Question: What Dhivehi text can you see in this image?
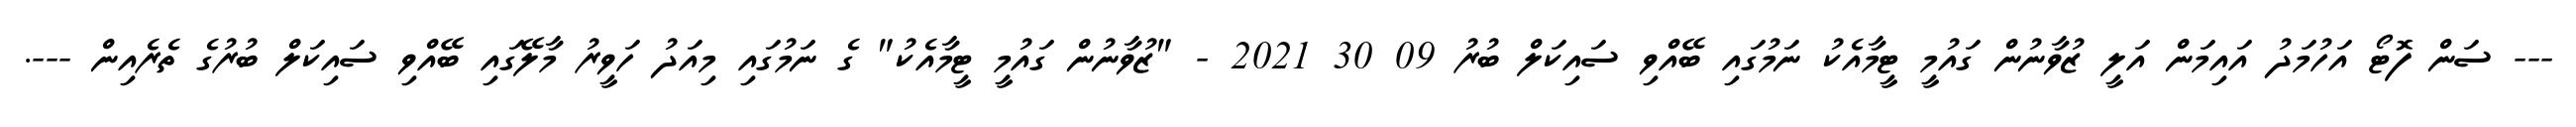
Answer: --- ސަން ފޮޓޯ އަހުމަދު އައިމަން އަލީ ޒުވާނުން ގައުމީ ޓީމާއެކު ނަމުގައި ބޭއްވި ސައިކަލް ބުރު 09 30 2021 - "ޒުވާނުން ގައުމީ ޓީމާއެކު" ގެ ނަމުގައި މިއަދު ހަވީރު މާލޭގައި ބޭއްވި ސައިކަލް ބުރުގެ ތެރެއިން ---.